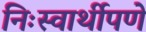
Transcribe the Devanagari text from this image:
निःस्वार्थीपणे